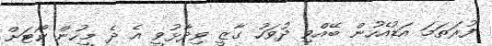
ފުރަތަމަ އަޑުއެހުން ބޭއްވި ދުވަހު ގާޒީ ވިދާޅުވީ އެ ދެ މީހުން ކޯޓަށް